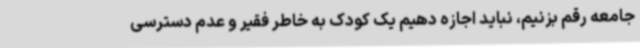
جامعه رقم بزنیم، نباید اجازه دهیم یک کودک به خاطر فقیر و عدم دسترسی